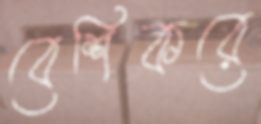
বেশিকরে